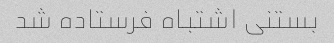
بستنی اشتباه فرستاده شد